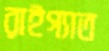
রাইগ্যাত